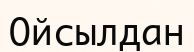
Ойсылдан